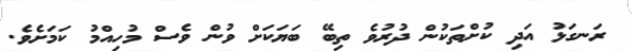
ރަނގަޅު އަދި ކުށްތަކުން ދުރުވެ ތިބޭ ބަޔަކަށް ވުން ވެސް މުހިއްމު ކަމަށެވެ.